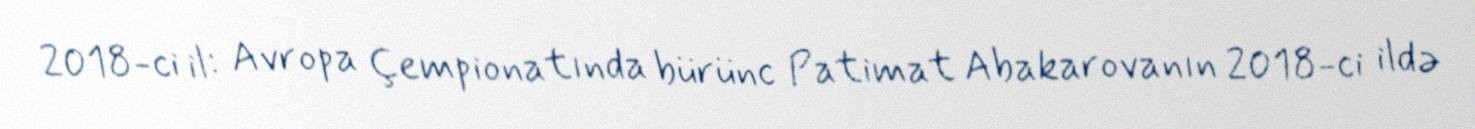
2018-ci il: Avropa Çempionatında bürünc Patimat Abakarovanın 2018-ci ildə